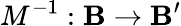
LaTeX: M^{-1}:\mathbf{B}\rightarrow\mathbf{B}^{\prime}